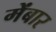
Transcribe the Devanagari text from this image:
मेंबार